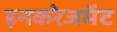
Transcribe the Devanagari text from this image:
इनकरेजमेंट